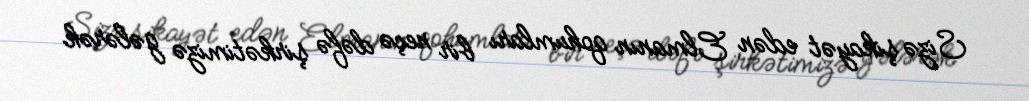
Sizə şikayət edən Elmanın qohumları bir neçə dəfə şirkətimizə gələrək